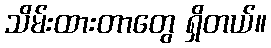
သိမ်းထားတာတွေ ရှိတယ်။